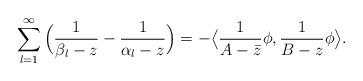
LaTeX: \begin{align*} \sum_{l=1}^\infty \Big(\frac 1 {\beta_l-z} - \frac 1 {\alpha_l-z} \Big) = - \big\langle \frac 1 {A - \bar z}\phi, \frac 1 {B-z}\phi \big\rangle. \end{align*}